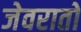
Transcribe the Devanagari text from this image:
जेवरातों